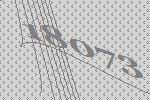
18073